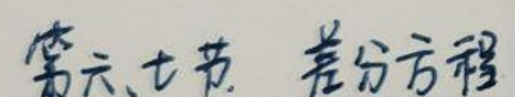
第六、七节 差分方程